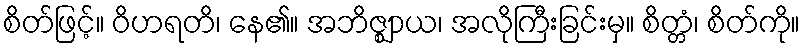
စိတ်ဖြင့်။ ဝိဟရတိ၊ နေ၏။ အဘိဇ္ဈာယ၊ အလိုကြီးခြင်းမှ။ စိတ္တံ၊ စိတ်ကို။